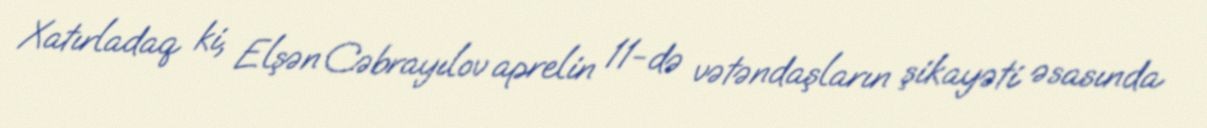
Xatırladaq ki, Elşən Cəbrayılov aprelin 11-də vətəndaşların şikayəti əsasında